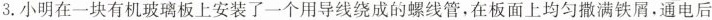
3.小明在一块有机玻璃板上安装了一个用导线绕成的螺线管，在板面上均匀撒满铁屑，通电后